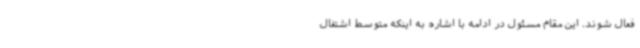
فعال شوند. این مقام مسئول در ادامه با اشاره به اینکه متوسط اشتغال